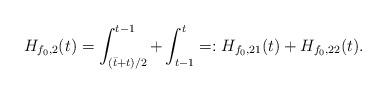
LaTeX: \begin{align*}H_{f_0,2}(t)=\int_{(\bar t+t)/2}^{t-1}+\int_{t-1}^t=:H_{f_0,21}(t)+H_{f_0,22}(t).\end{align*}